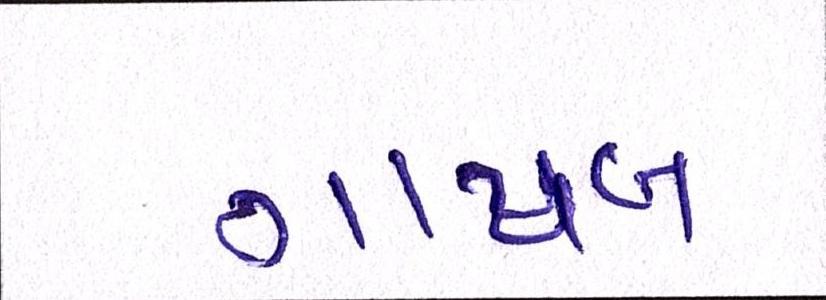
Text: ગાયબ